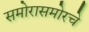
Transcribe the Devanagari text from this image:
समोरासमोरचे